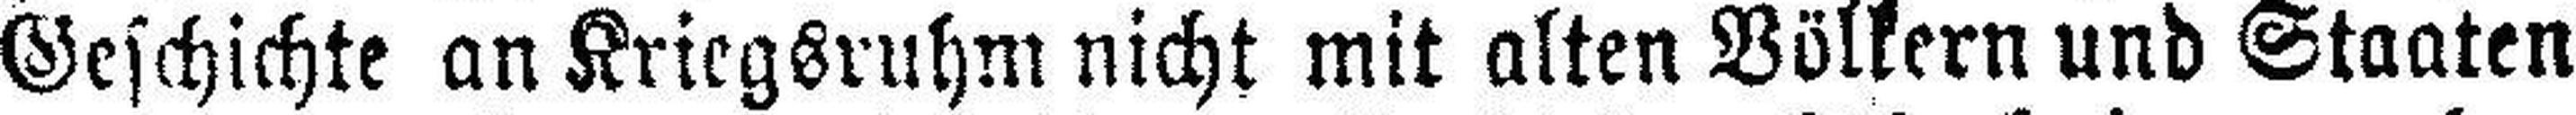
Geschichte an Kriegsruhm nicht mit alten Völkern und Staaten